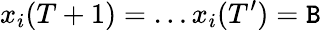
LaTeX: x_{i}(T+1)=\ldots x_{i}(T^{\prime})=\mathtt{B}